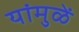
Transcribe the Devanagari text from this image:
यांमुळें